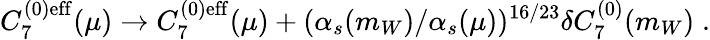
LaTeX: C_{7}^{(0)\mathrm{eff}}(\mu)\rightarrow C_{7}^{(0)\mathrm{eff}}(\mu)+(\alpha_{s}(m_{W})/\alpha_{s}(\mu))^{16/23}\delta C_{7}^{(0)}(m_{W})\; .